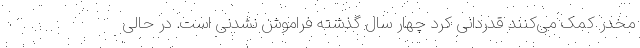
مخدر کمک می‌کنند قدردانی کرد چهار سال گذشته فراموش نشدنی است. در حالی